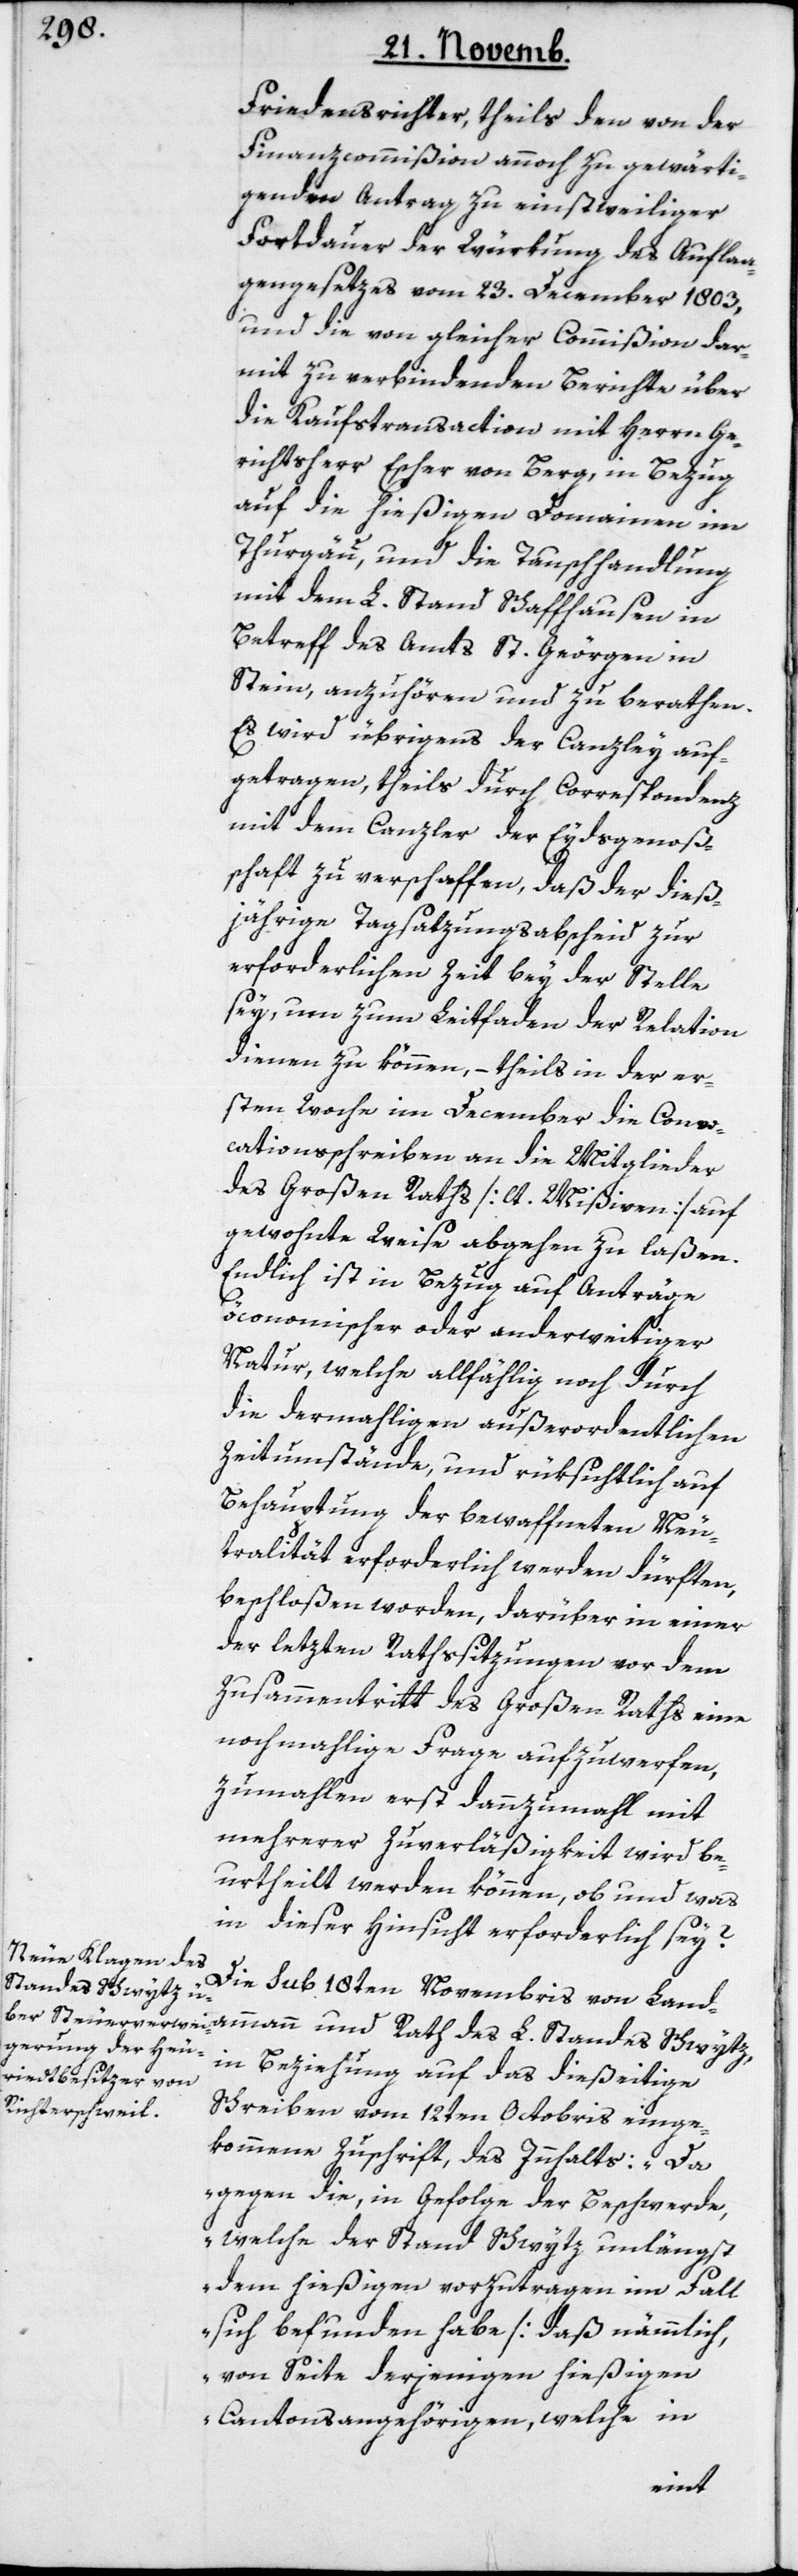
Friedensrichter; theils den von der
Finanzcommißion annoch zu gewärti¬
genden Antrag zu einstweiliger
Fortdauer der Würkung des Auflaa¬
gengesetzes vom 23. December 1803,
und die von gleicher Commißion dar¬
mit verbundenen Berichte über
die Kaufstransaction mit Herrn Ge¬
richtsherr Escher von Berg, in Bezug
auf die hießigen Domainen im
Thurgäu, und die Tauschhandlung
mit dem L. Stand Schaffhausen in
Betreff des Amts St. Geörgen in
Stein; anzuhören und zu berathen.
Es wird übrigens der Canzley auf¬
getragen, theils durch Correspondenz
mit dem Canzler der Eydsgenoß¬
schaft zu verschaffen, daß der dies¬
jährige Tagsatzungsabscheid zur
erforderlichen Zeit bey der Stelle
sey, um zum Leitfaden der Relation
dienen zu können, – theils in der er¬
sten Woche im December die Convo¬
cationsschreiben an die Mitglieder
des Großen Raths [lt. Mißiven] auf
gewohnte Weise abgehen zu laßen.
Endlich ist in Bezug auf Anträge
öconomischer oder anderweitiger
Natur, welche allfählig noch durch
die dermahligen außerordentlichen
Zeitumstände, und rüksichtlich auf
Behauptung der bewaffneten Neu¬
tralität erforderlich werden dürften,
beschloßen worden, darüber in einer
der letzten Rathssitzungen vor dem
Zusammentritt des Großen Raths eine
nochmahlige Frage aufzuwerfen,
zumahlen erst dannzumahl mit
mehrerer Zuverläßigkeit wird be¬
urtheilt werden können, ob und was
in dieser Hinsicht erforderlich sey?
Die sub 18ten Novembris von Land¬
ammann und Rath des L. Standes Schwytz,
in Beziehung auf das diesseitige
Schreiben vom 12ten Octobris einge¬
kommene Zuschrift des Innhalts: „Da
gegen die, in Gefolge der Beschwerde,
welche der Stand Schwytz unlängst
dem hießigen vorzutragen im Fall
sich befunden habe [daß nämmlich,
von Seite derjenigen hießigen
Cantonsangehörigen, welche in